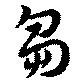
芻